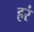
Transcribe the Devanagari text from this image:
हरं